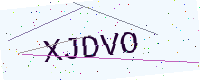
Text: XJDVO